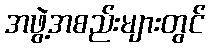
အဖွဲ့အစည်းများတွင်